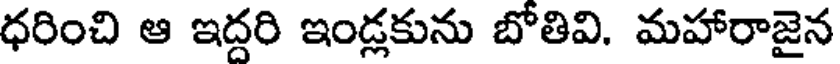
ధరించి ఆ ఇద్దరి ఇండ్లకును బోతివి. మహారాజైన